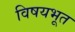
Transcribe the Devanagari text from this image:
विषयभूत